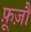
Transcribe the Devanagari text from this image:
फ़ूज़ौ